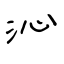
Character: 沁